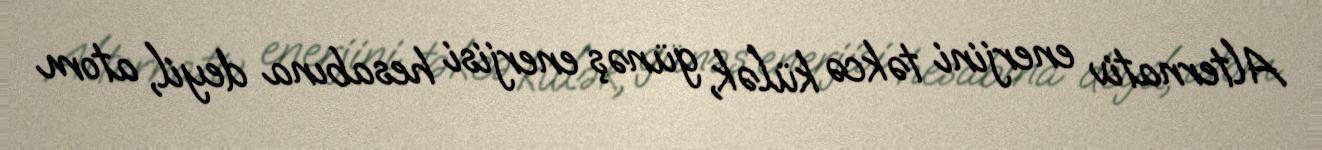
Alternativ enerjini təkcə külək, günəş enerjisi hesabına deyil, atom